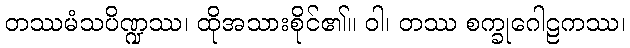
တဿမံသပိဏ္ဍဿ၊ ထိုအသားစိုင်၏။ ဝါ၊ တဿ စက္ခုဂေါဠကဿ၊